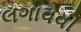
લગાવવી